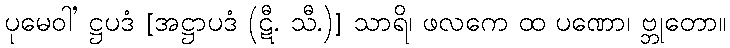
ပုမေဝါ’ ဋ္ဌပဒံ [အဋ္ဌာပဒံ (ဋီ. သီ.)] သာရိ၊ ဖလကေ ထ ပဏော၊ ဗ္ဘုတော။